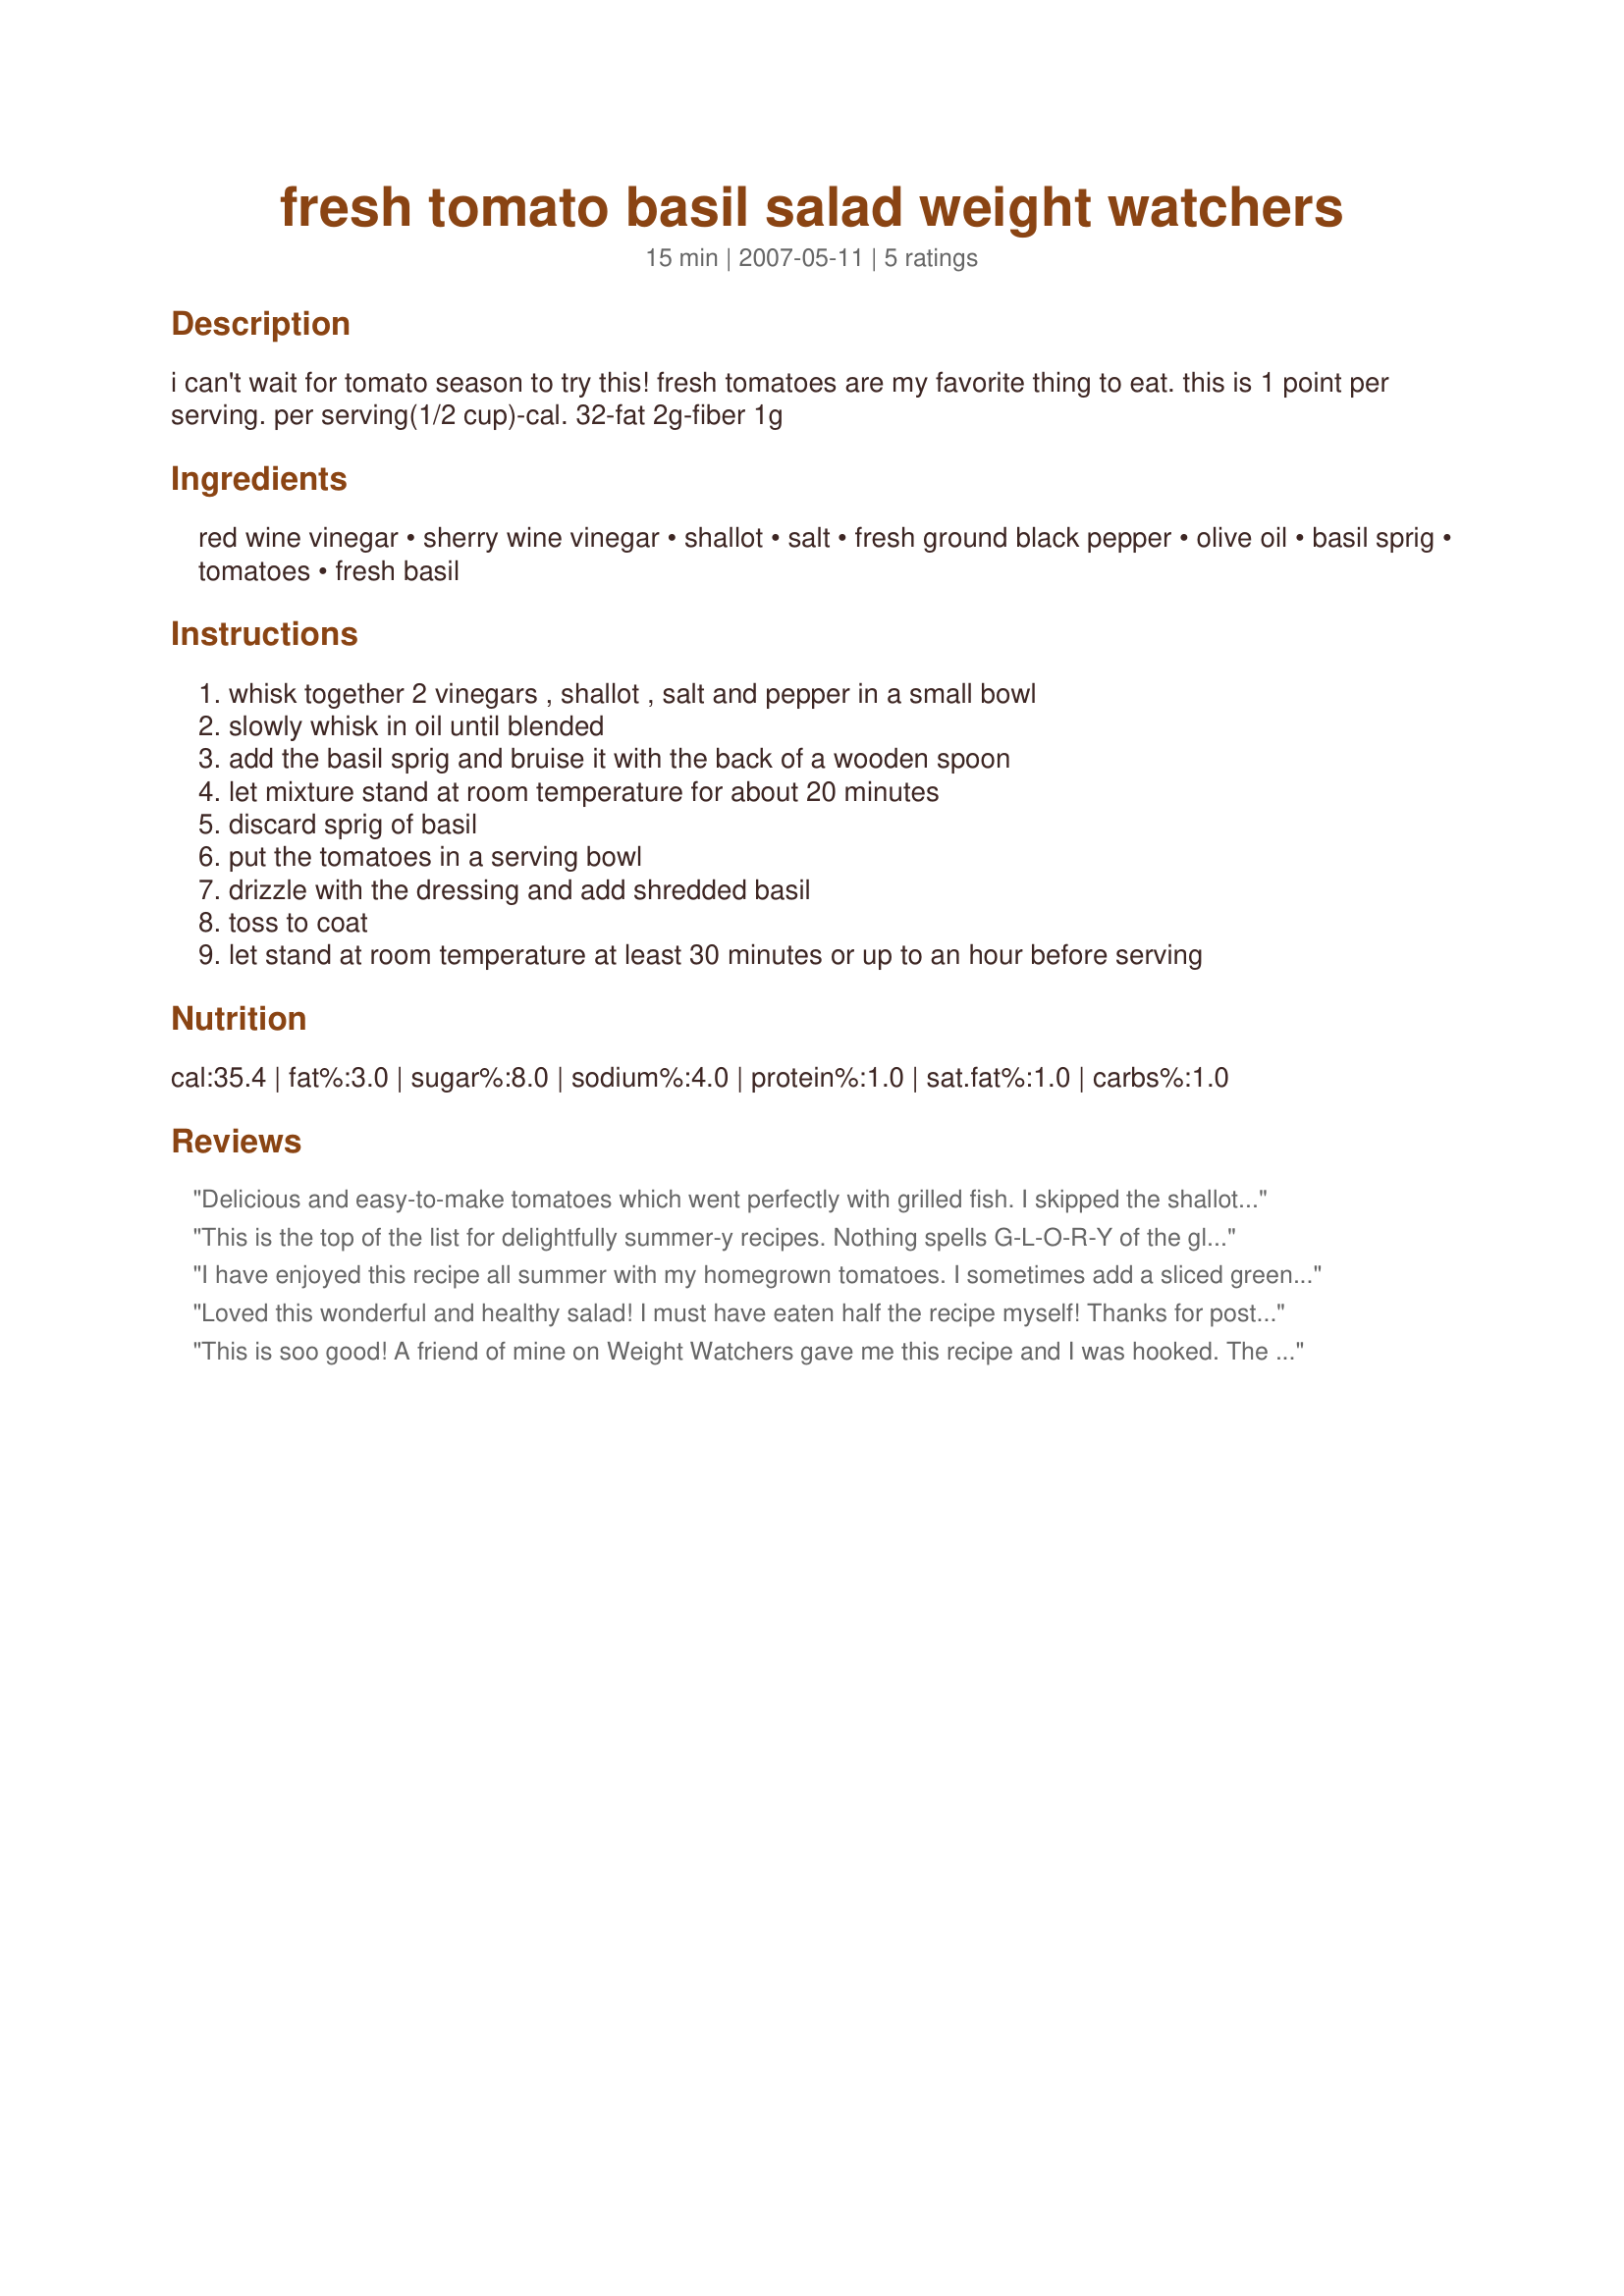
fresh tomato basil salad weight watchers
Preparation time: 15 minutes

i can't wait for tomato season to try this! fresh tomatoes are my favorite thing to eat.
this is 1 point per serving.
per serving(1/2 cup)-cal. 32-fat 2g-fiber 1g

Ingredients:
red wine vinegar, sherry wine vinegar, shallot, salt, fresh ground black pepper, olive oil, basil sprig, tomatoes, fresh basil

Steps:
whisk together 2 vinegars , shallot , salt and pepper in a small bowl
slowly whisk in oil until blended
add the basil sprig and bruise it with the back of a wooden spoon
let mixture stand at room temperature for about 20 minutes
discard sprig of basil
put the tomatoes in a serving bowl
drizzle with the dressing and add shredded basil
toss to coat
let stand at room temperature at least 30 minutes or up to an hour before serving

Reviews:
Delicious and easy-to-make tomatoes which went perfectly with grilled fish. I skipped the shallots (out of) but otherwise made as directed. Thanks for sharing!
This is the top of the list for delightfully summer-y recipes. Nothing spells G-L-O-R-Y of the glorious tomato as much as this easy to follow, everything on hand taste sensation recipe. I love the use of two separate vinegars here. Grabbed some wonderfully fresh basil from the side porch garden, let is sit as time stated, and then off to shower the tomatoes, with the dressing and shallots. Oh so tasty. I couldn't wait for the whole time allotted. Great salad, mydesgirl. Perfect!
I have enjoyed this recipe all summer with my homegrown tomatoes. I sometimes add a sliced green onion or some sliced sweet onion and even a cucumber to change it up a bit. LOVE IT!
Loved this wonderful and healthy salad! I must have eaten half the recipe myself! Thanks for posting!
This is soo good! A friend of mine on Weight Watchers gave me this recipe and I was hooked. The version she gave me called for plum tomatoes which made prep. time longer but it was worth it!! During tomato season, I'm sure any kind would taste excellent
